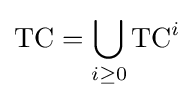
{\mbox{TC}}=\bigcup _{i\geq 0}{\mbox{TC}}^{i}